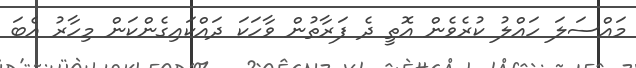
މައްސަލަ ހައްލު ކުރެވެން އޮތީ ދެ ފަރާތުން ވާހަކަ ދައްކައިގެންކަަން މިހާރު އެބަ